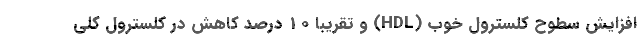
افزایش سطوح کلسترول خوب (HDL) و تقریبا 10 درصد کاهش در کلسترول کلی